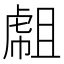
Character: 𧇇